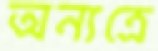
অন্যত্রে